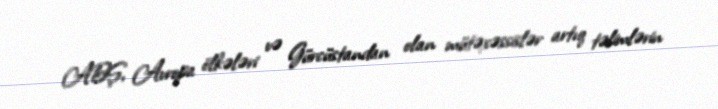
ABŞ, Avropa ölkələri və Gürcüstandan olan mütəxəssislər artıq təlimlərin